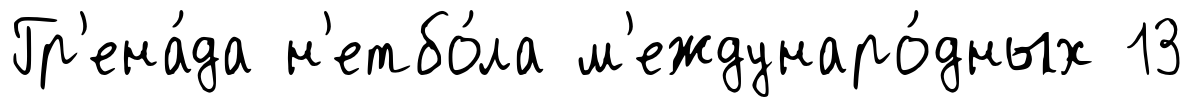
Гр'ена́да н'етбо́ла м'еждунаро́дных 13